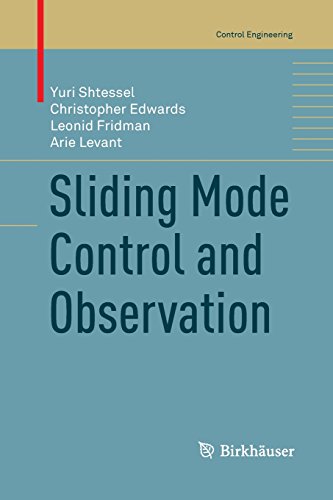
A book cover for Sliding Mode Control and Observation (Control Engineering); Yuri Shtessel; Computers & Technology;